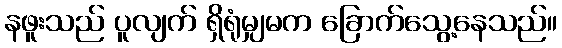
နဖူးသည် ပူလျက် ရှိရုံမျှမက ခြောက်သွေ့နေသည်။